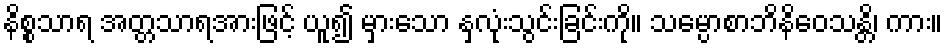
နိစ္စသာရ အတ္တသာရအားဖြင့် ယူ၍ မှားသော နှလုံးသွင်းခြင်းကို။ သမ္ပောစာဘိနိဝေသန္တိ၊ ကား။